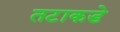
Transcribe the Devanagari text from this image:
तटाकडे